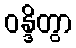
ဝန္ဒိတွာ